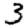
Digit: 3